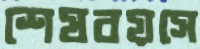
শেষবয়সে